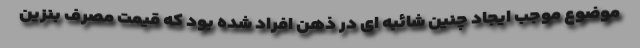
موضوع موجب ایجاد چنین شائبه ای در ذهن افراد شده بود که قیمت مصرف بنزین